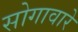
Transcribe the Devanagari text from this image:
सोगावारे